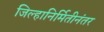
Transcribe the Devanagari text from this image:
जिल्हानिर्मितीनंतर